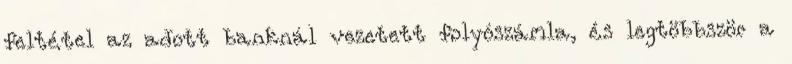
feltétel az adott banknál vezetett folyószámla, és legtöbbször a